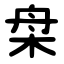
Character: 㭧